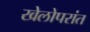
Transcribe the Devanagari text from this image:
खेलोपरांत